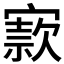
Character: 𡪡